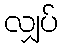
လျှပ်